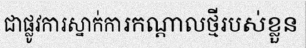
ជាផ្លូវការស្នាក់ការកណ្តាលថ្មីរបស់ខ្លួន